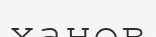
ханов